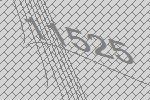
11525